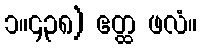
၁။၄၃၈) ဧတ္ထ ဖလံ။